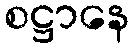
စဋ္ဌာနေ